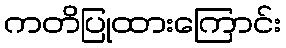
ကတိပြုထားကြောင်း